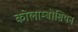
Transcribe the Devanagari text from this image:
कोलाम्बोसियन